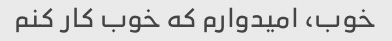
خوب، امیدوارم که خوب کار کنم